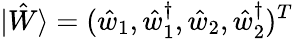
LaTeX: |\hat{W}\rangle=(\hat{w}_{1},\hat{w}_{1}^{\dagger},\hat{w}_{2},\hat{w}_{2}^{\dagger})^{T}